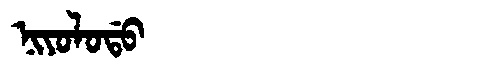
Manchu: ᠨᡳᠶᠣᠯᠣᡩᠣ
Romanization: NIYOLODO